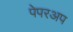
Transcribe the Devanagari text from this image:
पेपरअप